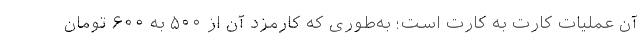
آن عملیات کارت به کارت است؛ به‌طوری که کارمزد آن از ۵۰۰ به ۶۰۰ تومان